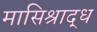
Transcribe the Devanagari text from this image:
मासिश्राद्ध